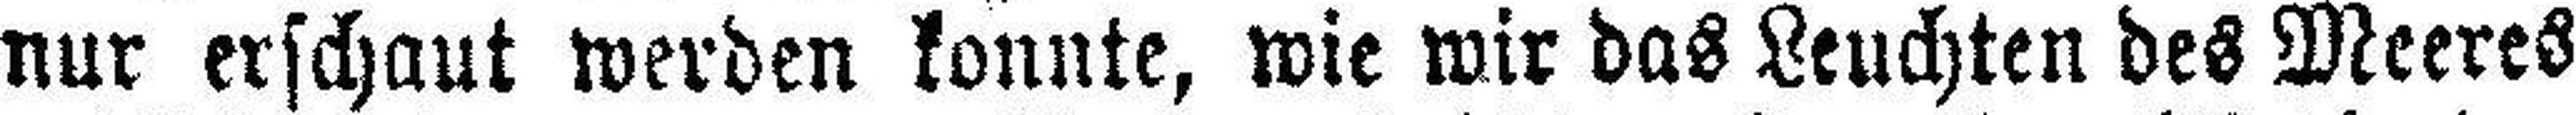
nur erschaut werden konnte, wie wir das Leuchten des Meeres